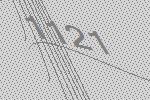
1121